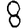
Digit: 8